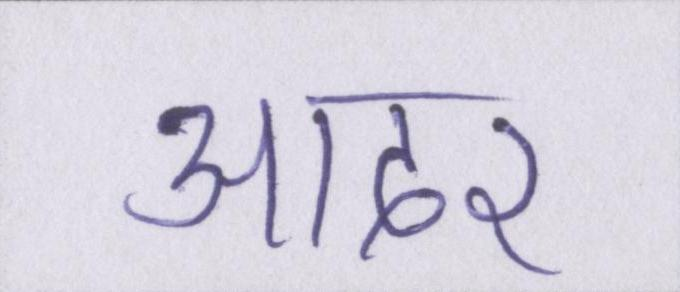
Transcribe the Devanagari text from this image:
आदर